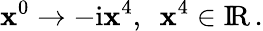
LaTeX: \mathbf{x}^{0}\to-\mathrm{{i}}\mathbf{x}^{4},\enspace\mathbf{x}^{4}\in\mathrm{{I\! R}}\, .